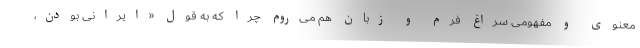
معنوی و مفهومی سراغ فرم و زبان هم می‌روم چرا که به قول «ایرانی بودن،